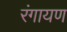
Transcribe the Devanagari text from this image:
रंगायण